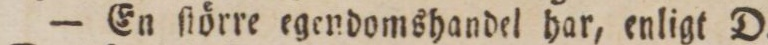
— En ſtörre egendomshandel har, enligt D.